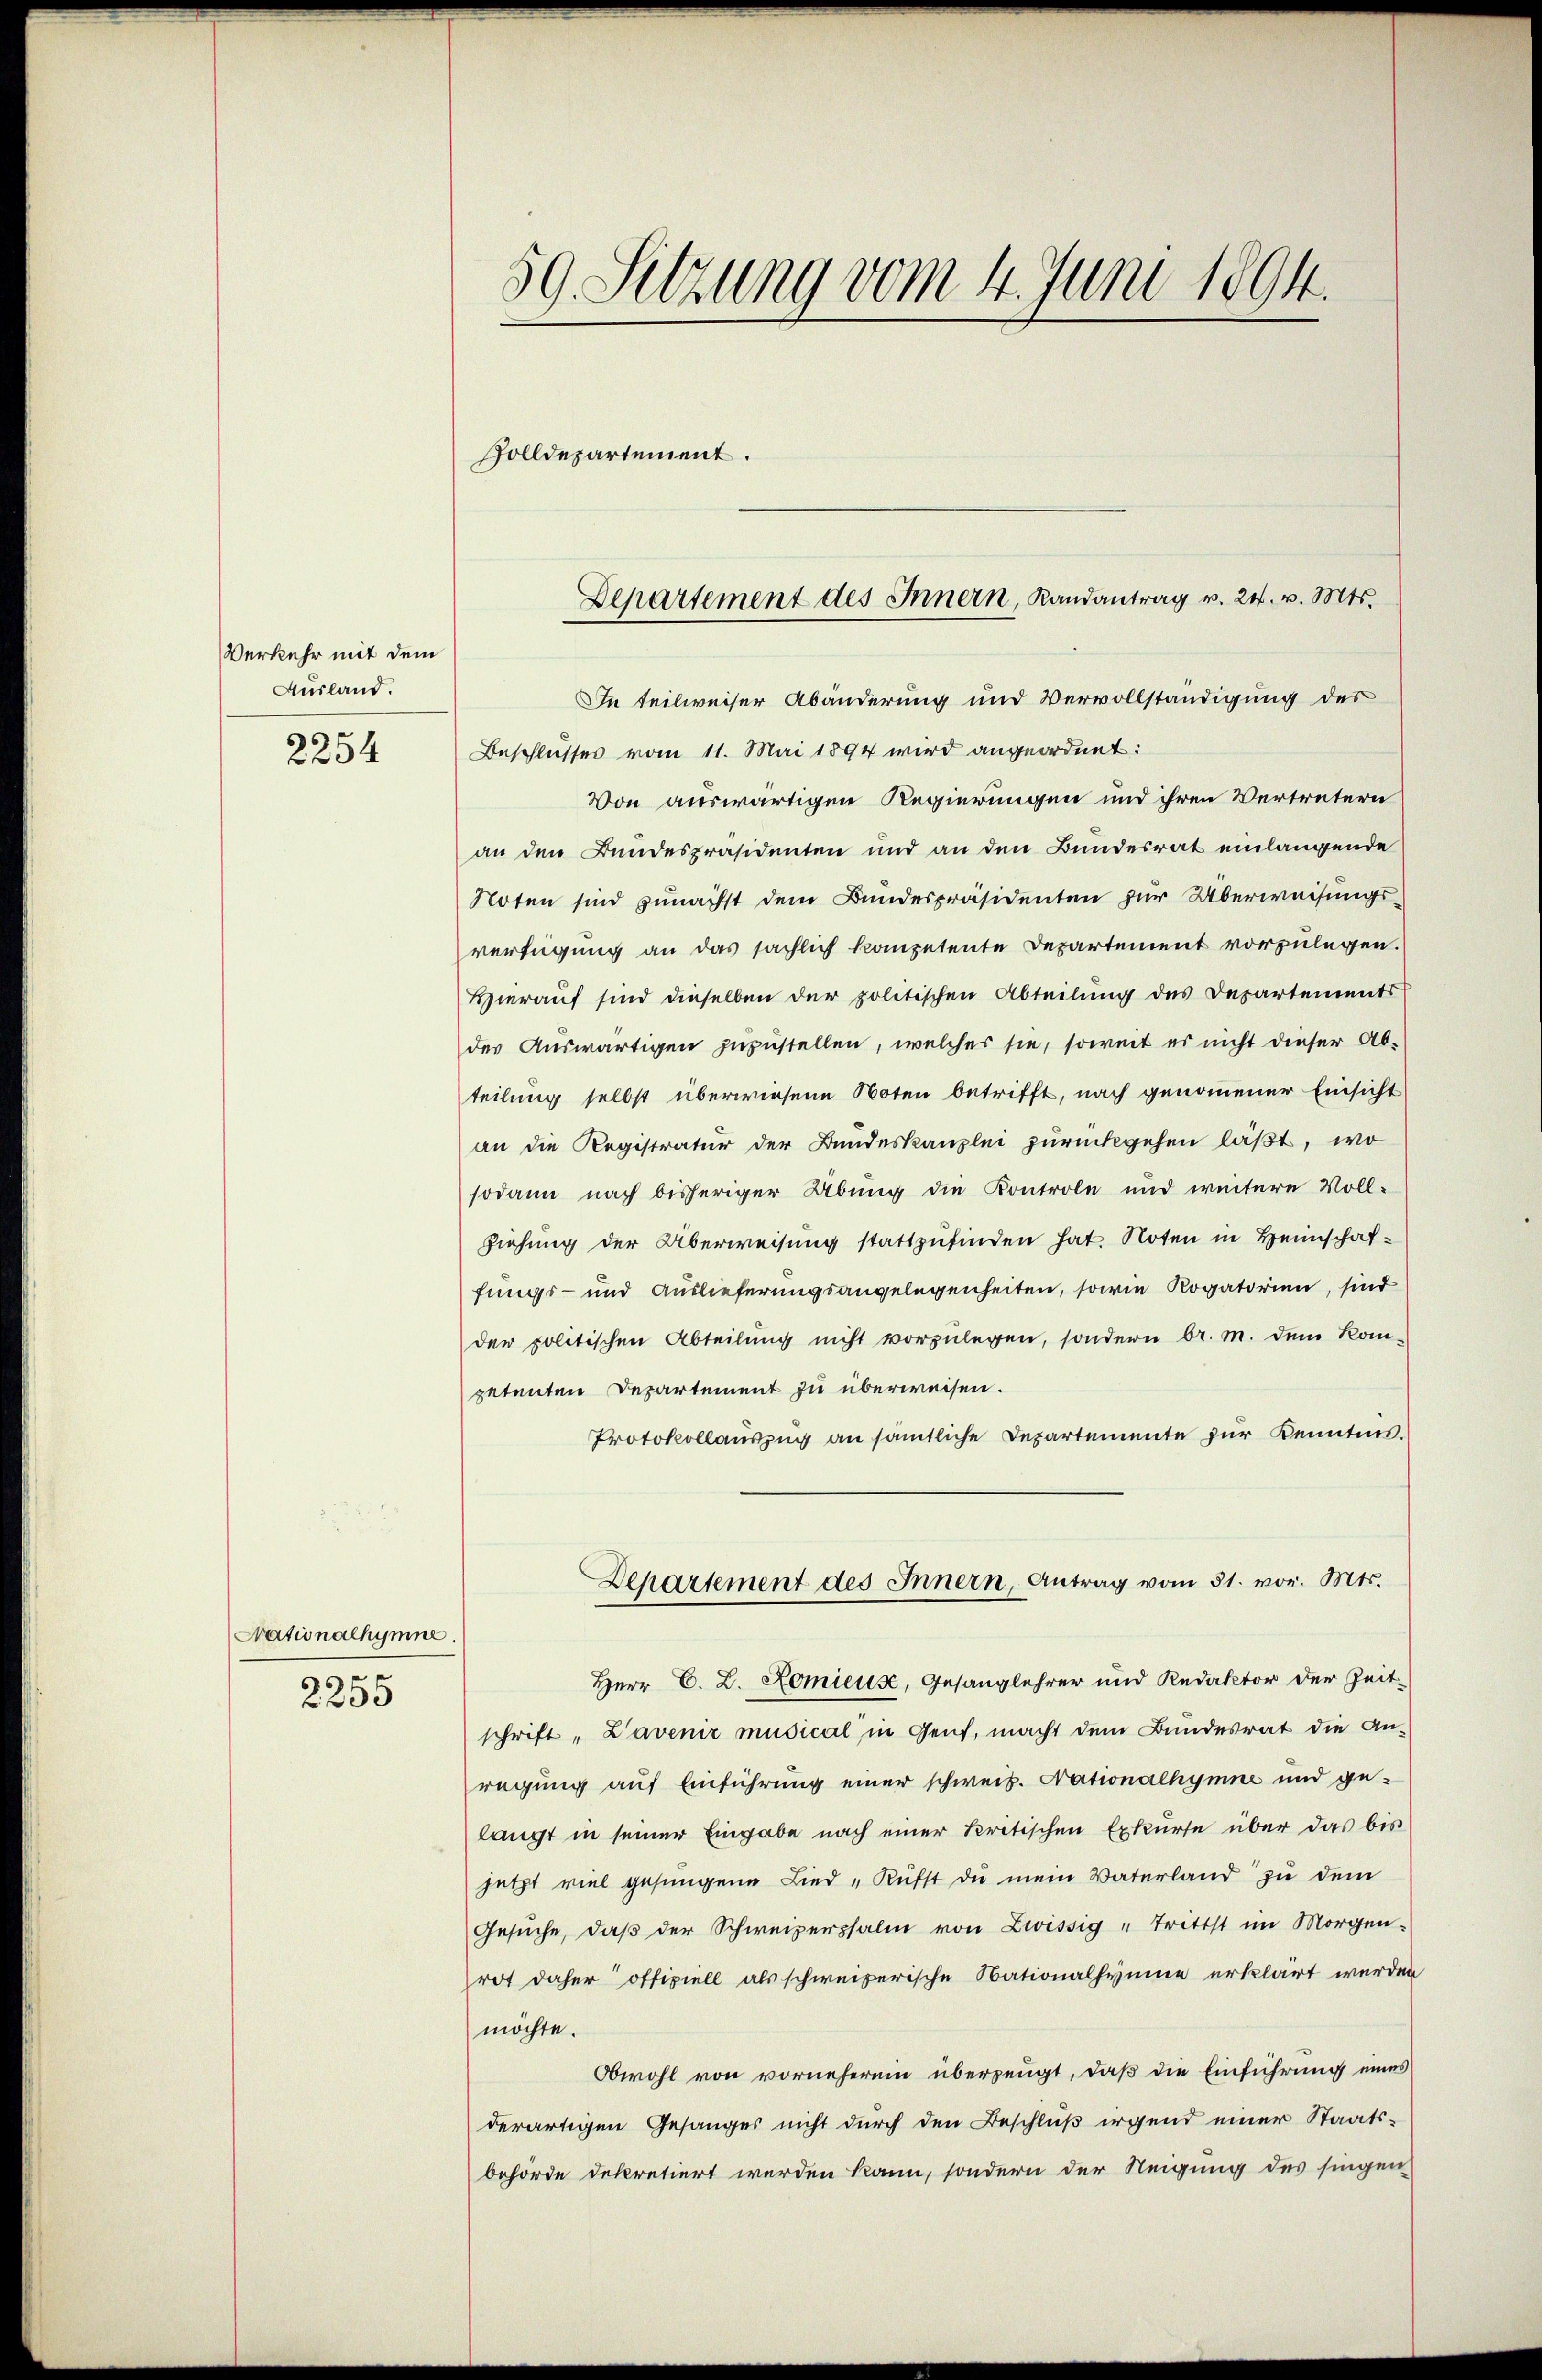
Verkehr mit dem
Ausland.

2254

Nationalhymne.
s

2235

59. Sitzung vom 4. Juni 1894.
Zolldepartement.

In teilweiser Abänderung und Vervollständigung des
Beschlusses vom 11. Mai 1894 wird angeordnet:
Von auswärtigen Regierungen und ihren Vertretern
an den Bundespräsidenten und an den Bundesrat einlangende
Noten sind zunächst dem Bundespräsidenten zur Überweisungsverfügung an das sächlich kompetente Departement vorzulegen.
Hierauf sind dieselben der politischen Abteilung des Departements
des Auswärtigen zuzustellen, welches sie, soweit es nicht dieser Abteilung selbst überwiesene Noten betrifft, nach genommener Einsicht
an die Registratur der Bundeskanzlei zurückgehen läßt, wo
sodann nach bisheriger Übung die Kontrole und weitere Voll-
Ziehung der Überweisung stattzufinden hat. Noten in Heimschaffungs- und Auslieferungsangelegenheiten, sowie Rogatorien, sind
der politischen Abteilŭng nicht vorzŭlegen, sondern br. M. dem Kom-
petenten Departement zu überweisen.
Protokollauszug an sämtliche Departemente zur Kenntnis¬
Departement des Innern, Antrag vom 31. vor. Mts.
Herr C. L. Homieux, Gesanglehrer und Redaktor der Zeit
schrift, Lavenir musical in Genf, macht dem Bundesrat die An-
regung auf Einführung einer schweis. Nationalhymne und gelangt in seiner Eingabe nach einer kritischen Exkurse über das bis
jetzt viel gesungene Lied "Rüfft die mein Vaterland zu dem
Gesŭche, daβ der Schweizerpsalm von Zwissig - trittst im Morgen-
rot daher offiziell als schweizerische Nationalhyinne erklärt werden
möchte.
Obwohl von vorneherein überzeugt, daβ die Einführung eines
derartigen Gesanges nicht durch den Beschluß irgend einer Staatsbehörde dekretiert werden kann, sondern der Neigung des singen

Departement des Innern, Randantrag v. 24. v. Mts.